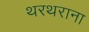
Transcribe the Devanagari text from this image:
थरथराना